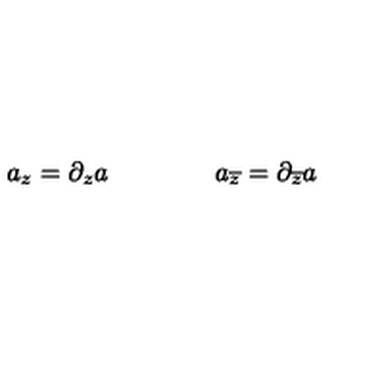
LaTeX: a _ { z } = \partial _ { z } a \qquad \qquad a _ { \overline { { z } } } = \partial _ { \overline { { z } } } a